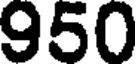
950